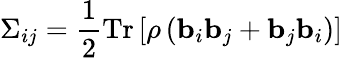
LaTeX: \Sigma_{ij}=\frac{1}{2}\operatorname{Tr}\left[\rho\left({\mathbf{b}}_{i}{\mathbf{b}}_{j}+{\mathbf{b}}_{j}{\mathbf{b}}_{i}\right)\right]